Annual administration report of the Civil Veterinary Department of India - 1900-1901
Year: 1900
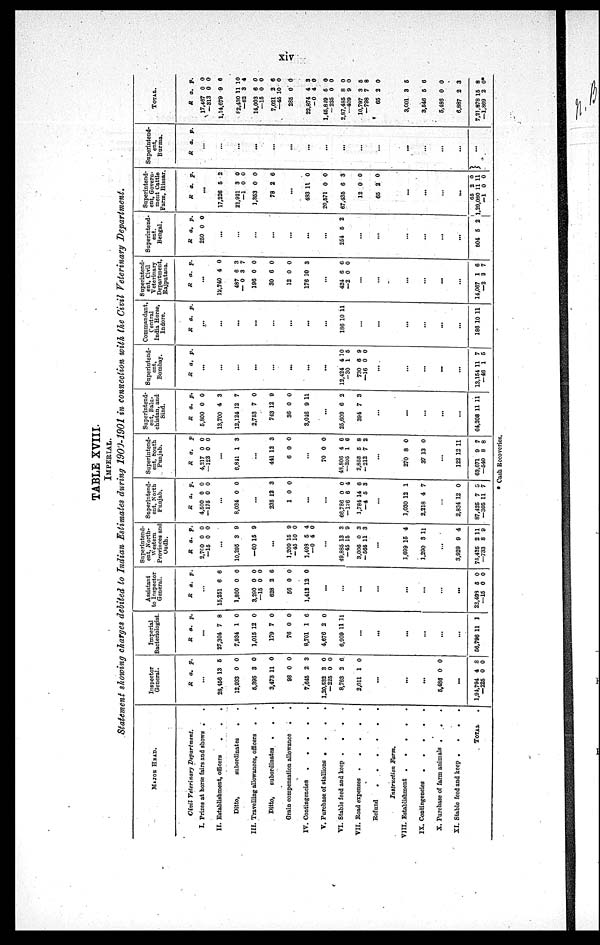
xiv
TABLE XVIII.
IMPERIAL.
Statement showing charges debited to Indian Estimates during 1900-1901 in connection with the Civil Veterinary Department.
MAJOR
HEAD.
Civil Veterinary
Department.
I. Prizes at horse fairs and shows . . .
II. Establishment, officers
.
.
.
Ditto,
subordinates
. .
III. Travelling allowances, officers . .
Ditto,
subordinates
.
.
Grain compensation allowance
.
.
IV. Contingencies
.
.
.
.
Y. Purchase of stallions
.
.
. . . .
VI. Stable feed and keep .
.
.
.
VII. Road expenses .
.
.
.
.
Refund
.
.
.
.
.
.
Instruction
Farm.
VIII. Establishment
.
.
.
.
IX. Contingencies
.
.
.
.
.
X. Purchase of farm animals
.
.
.
XI. Stable feed and keep .
.
.
.
TOTAL .
Inspector
General.
R a. p.
...
28,456
12,933
5,395
3,473
98
7,645
1,20,532
—225
8,763
2,011
13
0
3
11
0
2
3
0
2
1
5
0
0
0
0
3
0
0
6
0
...
...
...
5,486 0 0
...
1,94,794
—225
4
0
8
0
Imperial
Bacteriologist.
R a. p.
...
27,304
7,934
1,015
179
76
8,701
4,676
6,909
7
1
12
7
0
1
2
11
8
0
0
0
0
6
0
11
...
...
...
...
...
...
56,796 11 1
Assistant
to Inspector
General.
R a. p.
...
15,251
1,860
3,290
—15
628
56
1,412
6
0
0
0
2
0
12
6
0
0
0
6
0
0
...
...
...
...
...
...
...
...
22,498
—15
5
0
0
0
Superintend-
ent, North-
western
Provinces and
Oudh.
R
2,700
—15
a.
0
0
p.
0
0
...
10,295
—60
3
15
9
9
...
1,209
—45
1,408
—0
15
10
5
4
9
0
4
0
...
49,885
—45
3,006
— 565
13
15
0
11
3
9
3
3
...
1,699
1,290
15
3
4
11
...
3,929
75,425
—733
9
2
8
4
11
9
Superintend-
ent, North
Punjab.
R
4,500
— 175
a.
0
0
p.
0
0
...
8,034 0 0
...
235
1
12
0
3
0
...
...
66,786
— 126
1,784
—4
0
6
14
5
0
4
6
3
...
1,030
2,218
12
4
1
7
...
2,834
87,425
—305
12
7
11
0
5
7
Superintend-
ent, South
Punjab.
R
4,217
—123
a.
0
0
p
0
0
...
6,841 1 3
...
441
6
12
0
3
0
...
70
48,806
—205
2,858
—212
0
4
1
5
7
0
6
6
8
2
...
270
37
8
13
0
0
...
122
63,671
—540
12
9
8
11
7
8
Superintend-
ent, Balu-
chistan, and
Sind.
R
5,800
13,700
12,124
2,753
743
36
3,046
a.
0
4
12
7
12
0
9
p.
0
3
7
0
9
0
11
...
25,609
394
6
7
2
3
...
...
...
...
...
64,208 11 11
Superintend-
ent,
Bombay.
R a. p.
...
...
...
...
...
...
...
...
12,424
—30
730
—16
4
1
6
0
10
5
9
0
...
...
...
...
...
13,154
—46
11
1
7
5
Commandant,
Central
India Horse,
Indore.
R a. p.
...
...
...
...
...
...
...
...
186 10 11
...
...
...
...
...
...
...
186 10 11
Superintend-
ent,
Civil
Veterinary
Department,
Rajputana.
R a. p.
...
12,740
487
— 0
196
30
12
176
4
6
3
0
6
0
10
0
3
7
0
0
0
3
...
424
—2
6
0
6
0
...
...
...
...
...
...
14,067
—2
1
3
6
7
Superintend-
ent.
Bengal.
R
250
a.
0
p.
0
.
..
...
...
..
.
..
.
..
.
...
254 5 2
...
... ...
...
...
...
...
504 5 2
Superintend-
ent, Govern-
ment
Cattle
Farm, Hissar.
R a. p.
...
17,226
21,921
—1
1,353
78
5
3
0
0
2
2
0
0
0
6
...
483
20,571
67,435
12
65
11
0
6
0
2
0
0
3
0
0
...
...
...
...
65
1,29,080
––1
2
11
0
0
11
0
Superintend-
ent,
Burma.
R a. p.
...
...
...
...
...
...
...
...
...
...
...
...
...
...
...
...
TOTAL.
R
17,467
—313
1,14,679
82,430
—62
14,003
—15
7,021
—45
285
22,874
–0
1,45,849
–225
2,87,485
—409
10,797
—798
65
a.
0
0
9
11
3
6
0
2
10
0
4
4
5
0
8
9
3
7
2
p.
0
0
6
10
4
0
0
6
0
0
3
0
0
0
0
0
5
8
0
3,601
3,546
6,486
6,887
7,21,878
—1,869
3
5
0
2
15
2
5
6
0
3
8
0*
*Cash Recoveries.